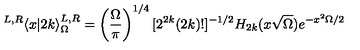
{ } ^ { L , R } \langle x | 2 k \rangle _ { \Omega } ^ { L , R } = \left( { \frac { \Omega } { \pi } } \right) ^ { 1 / 4 } [ 2 ^ { 2 k } ( 2 k ) ! ] ^ { - 1 / 2 } H _ { 2 k } ( x \sqrt { \Omega } ) e ^ { - x ^ { 2 } \Omega / 2 }